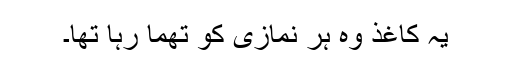
یہ کاغذ وہ ہر نمازی کو تھما رہا تھا۔